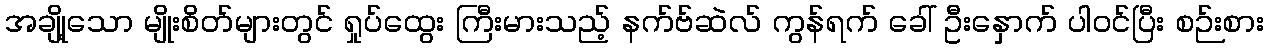
အချို့သော မျိုးစိတ်များတွင် ရှုပ်ထွေး ကြီးမားသည့် နက်ဗ်ဆဲလ် ကွန်ရက် ခေါ် ဦးနှောက် ပါဝင်ပြီး စဉ်းစား